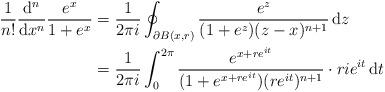
LaTeX: \begin{align*} \frac{1}{n!} \frac{\mathrm{d}^n}{\mathrm{d}x^n} \frac{e^x}{1+e^x} &= \frac{1}{2\pi i} \oint_{\partial B(x,r)} \frac{e^z}{(1+e^z)(z-x)^{n+1}} \, \mathrm{d}z \\ &= \frac{1}{2\pi i} \int_0^{2\pi} \frac{e^{x+re^{it}}}{(1+e^{x+re^{it}}) (re^{it})^{n+1}} \cdot rie^{it} \, \mathrm{d}t \end{align*}